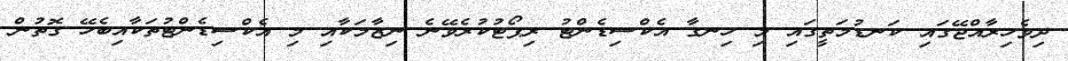
ދިވެހިރާއްޖޭގައި ކަނޑުމަތީގައި މި ހިނގާ އެކްސިޑެންޓު ރިޕޯޓުކުރެވޭނެ ނިޒާމަކާއި މި އެކްސިޑެންޓުތަކާއިބެހޭ ގޮތުން